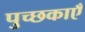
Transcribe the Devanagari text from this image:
पुच्छकाएँ